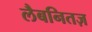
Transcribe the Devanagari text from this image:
लैबनितज़